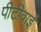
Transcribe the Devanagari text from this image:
पीटीवाई